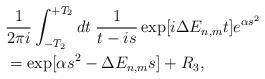
LaTeX: \begin{align*}&\frac{1}{2\pi i}\int_{-T_2}^{+T_2}dt\; \frac{1}{t-is}\exp[i\Delta E_{n,m}t]e^{\alpha s^2}\\&=\exp[\alpha s^2-\Delta E_{n,m}s]+R_3,\end{align*}